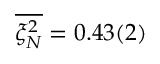
\overline { { \xi _ { N } ^ { 2 } } } = 0 . 4 3 ( 2 )